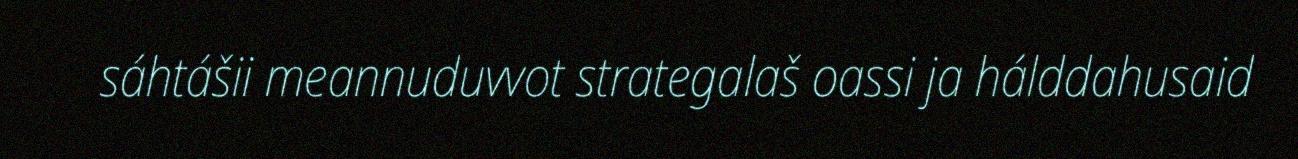
sáhtášii meannuduvvot strategalaš oassi ja hálddahusaid